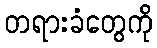
တရားခံတွေကို